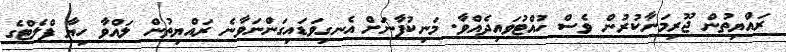
ރައްޔިތުން ޖޫރިމަނާކުރުން ވެސް ހުއްޓުވައިދެއްވާ. މަނިކުފާނަށް އެނގިވަޑައިގަންނަވާނެ ރައްޔިތުން ލައްވާ ހިޔާ ފްލެޓްގެ